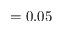
= 0 . 0 5